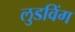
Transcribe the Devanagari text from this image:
लुडविंग